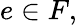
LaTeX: e\in F,